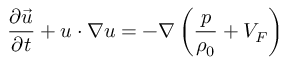
\frac { \partial \vec { u } } { \partial t } + \boldsymbol { u } \cdot \boldsymbol { \nabla } \boldsymbol { u } = - \boldsymbol { \nabla } \left( \frac { p } { \rho _ { 0 } } + V _ { F } \right)